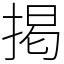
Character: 掲